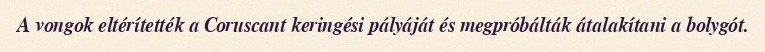
A vongok eltérítették a Coruscant keringési pályáját és megpróbálták átalakítani a bolygót.